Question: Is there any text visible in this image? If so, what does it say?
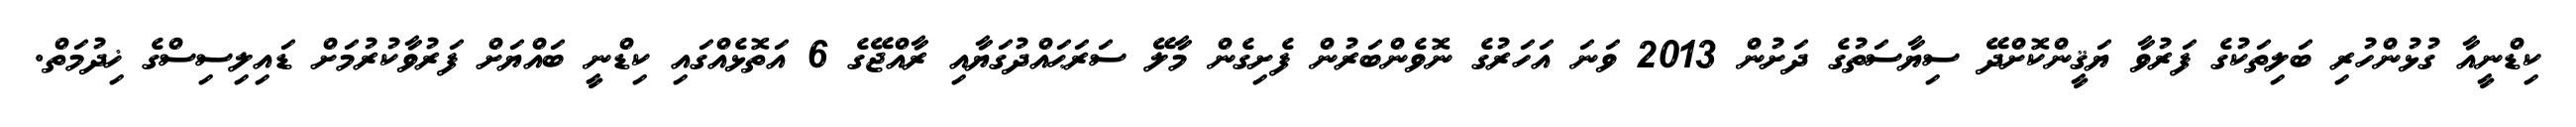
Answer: ކިޑްނީއާ ގުޅުންހުރި ބަލިތަކުގެ ފަރުވާ ޔަޤީންކޮށްދޭ ސިޔާސަތުގެ ދަށުން 2013 ވަނަ އަހަރުގެ ނޮވެންބަރުން ފެށިގެން މާލޭ ސަރަޙައްދުގަޔާއި ރާއްޖޭގެ 6 އަތޮޅެއްގައި ކިޑްނީ ބައްޔަށް ފަރުވާކުރުމަށް ޑައިލިސިސްގެ ޚިދުމަތް.